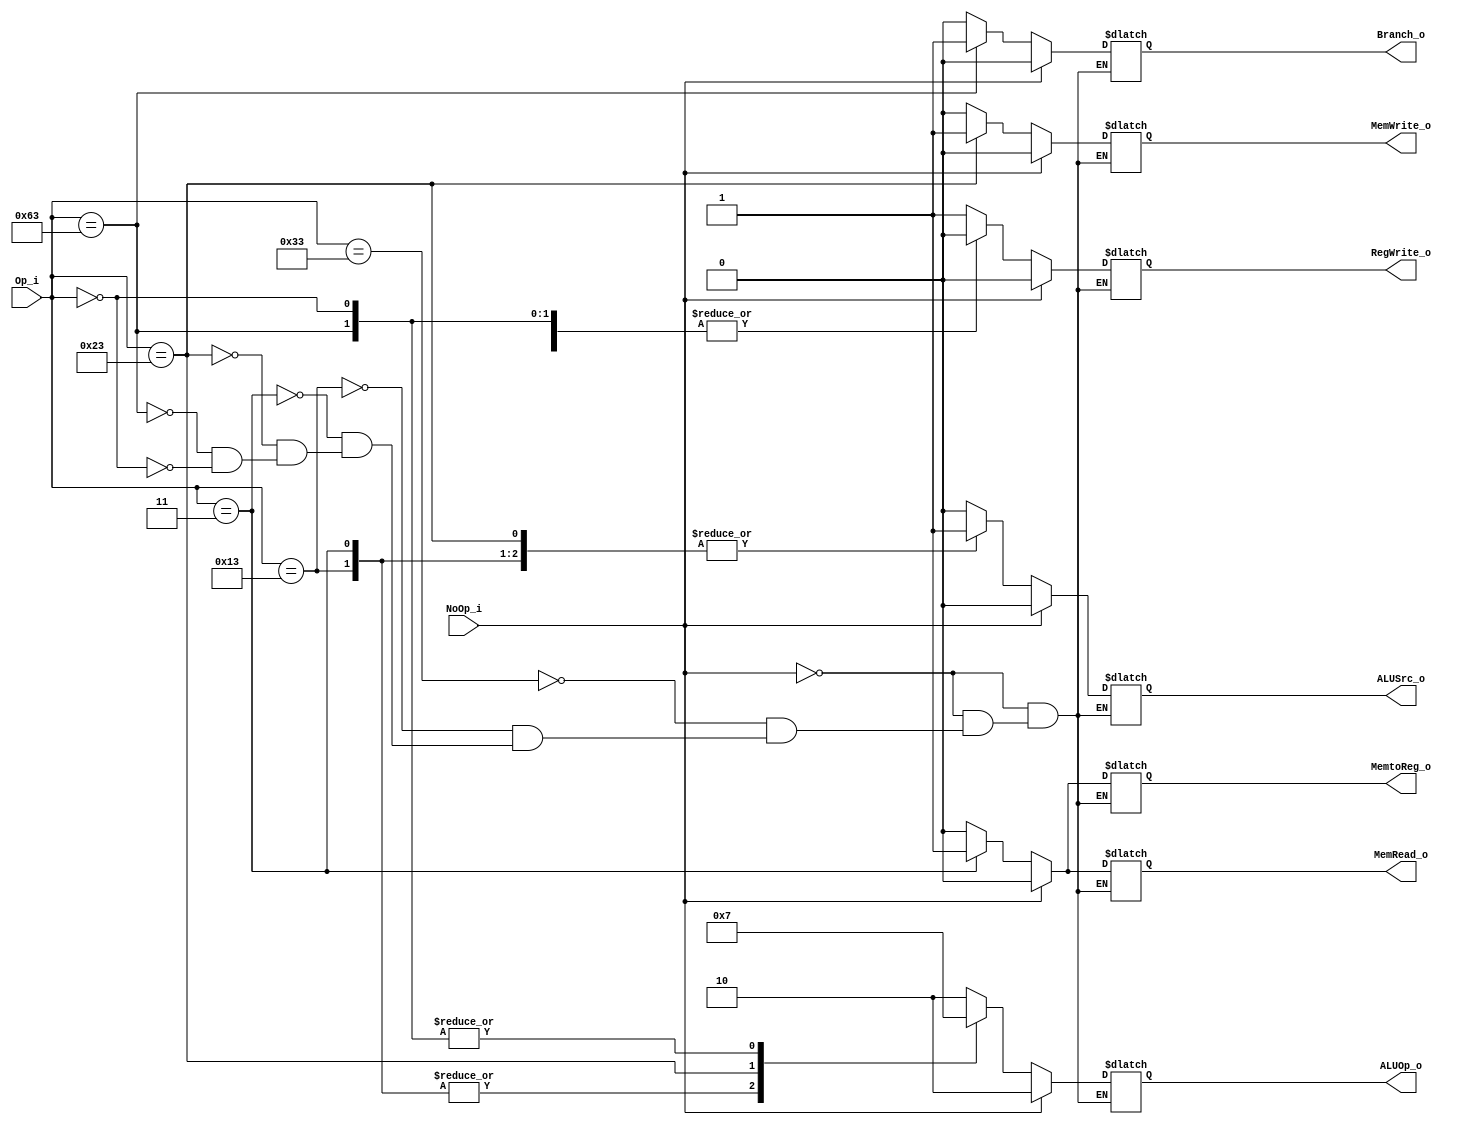
`define R_Type 2'b10
`define I_Type 2'b00
`define S_Type 2'b01
`define SB_Type 2'b11

module Control(
	Op_i,		
	NoOp_i,
	RegWrite_o,
	MemtoReg_o,
	MemRead_o,
	MemWrite_o,
	ALUOp_o,	
	ALUSrc_o,
	Branch_o
);

// Ports
input 	[6:0]		Op_i;	
input 				NoOp_i;

output RegWrite_o, MemtoReg_o, MemRead_o, MemWrite_o, ALUSrc_o, Branch_o;
output 	[1:0]		ALUOp_o;

reg RegWrite_o, MemtoReg_o, MemRead_o, MemWrite_o, ALUSrc_o, Branch_o;
reg 	[1:0]		ALUOp_o;

always @(Op_i or NoOp_i) begin
	if (NoOp_i) begin
		RegWrite_o	= 1'b0;
		MemtoReg_o	= 1'b0;
		MemRead_o	= 1'b0;
		MemWrite_o	= 1'b0;
		ALUOp_o		= `R_Type;
		ALUSrc_o	= 1'b0;
		Branch_o	= 1'b0;
	end
	else begin
		case(Op_i)
			// R-Type (Arithmetic)
			7'b0110011: begin
				RegWrite_o	= 1'b1;
				MemtoReg_o	= 1'b0;
				MemRead_o	= 1'b0;
				MemWrite_o	= 1'b0;
				ALUOp_o		= `R_Type;
				ALUSrc_o	= 1'b0;
				Branch_o	= 1'b0;
			end

			// I-Type (Immediate Arithmetic) 
			7'b0010011: begin
				RegWrite_o	= 1'b1;
				MemtoReg_o	= 1'b0;
				MemRead_o	= 1'b0;
				MemWrite_o	= 1'b0;
				ALUOp_o		= `I_Type;
				ALUSrc_o	= 1'b1;
				Branch_o	= 1'b0;
			end

			// I-Type (Load) 
			7'b0000011: begin
				RegWrite_o	= 1'b1;
				MemtoReg_o	= 1'b1;
				MemRead_o	= 1'b1;
				MemWrite_o	= 1'b0;
				ALUOp_o		= `I_Type;
				ALUSrc_o	= 1'b1;
				Branch_o	= 1'b0;
			end

			// S-Type (Store)
			7'b0100011: begin
				RegWrite_o	= 1'b0;
				MemtoReg_o	= 1'b0;
				MemRead_o	= 1'b0;
				MemWrite_o	= 1'b1;
				ALUOp_o		= `S_Type;
				ALUSrc_o	= 1'b1;
				Branch_o	= 1'b0;
			end

			7'b1100011: begin
				RegWrite_o	= 1'b0;
				MemtoReg_o	= 1'b0;
				MemRead_o	= 1'b0;
				MemWrite_o	= 1'b0;
				ALUOp_o		= `SB_Type;
				ALUSrc_o	= 1'b0;
				Branch_o	= 1'b1;
			end

			7'b0000000: begin
				RegWrite_o	= 1'b0;
				MemtoReg_o	= 1'b0;
				MemRead_o	= 1'b0;
				MemWrite_o	= 1'b0;
				ALUOp_o		= `SB_Type;
				ALUSrc_o	= 1'b0;
				Branch_o	= 1'b0;
			end
		endcase	
		
	end
end

endmodule